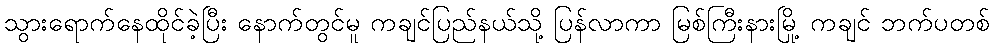
သွားရောက်နေထိုင်ခဲ့ပြီး နောက်တွင်မူ ကချင်ပြည်နယ်သို့ ပြန်လာကာ မြစ်ကြီးနားမြို့ ကချင် ဘက်ပတစ်